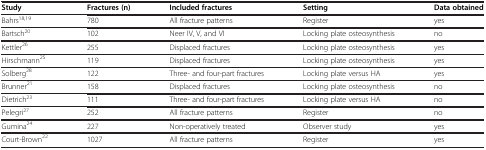
| Study | Fractures (n) | Included fractures | Setting | Data obtained |
 | --- | --- | --- | --- | --- |
 | Bahrs18,19 | 780 | All fracture patterns | Register | yes |
 | Bartsch20 | 102 | Neer IV, V, and VI | Locking plate osteosynthesis | no |
 | Kettler26 | 255 | Displaced fractures | Locking plate osteosynthesis | yes |
 | Hirschmann25 | 119 | Displaced fractures | Locking plate osteosynthesis | yes |
 | Solberg28 | 122 | Three- and four-part fractures | Locking plate versus HA | yes |
 | Brunner21 | 158 | Displaced fractures | Locking plate osteosynthesis | no |
 | Dietrich23 | 111 | Three- and four-part fractures | Locking plate versus HA | no |
 | Pelegri27 | 252 | All fracture patterns | Register | no |
 | Gumina24 | 227 | Non-operatively treated | Observer study | yes |
 | Court-Brown22 | 1027 | All fracture patterns | Register | yes |